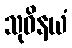
သုဝိနယံ